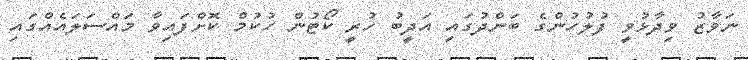
ނަވާޒު ވިދާޅުވީ ފުލުހުންގެ ބަންދުގައި އަދީބު ހުރީ ކޯޓުން ހުކުމް ކޮށްފައިވާ މައްސަލައެއްގައި